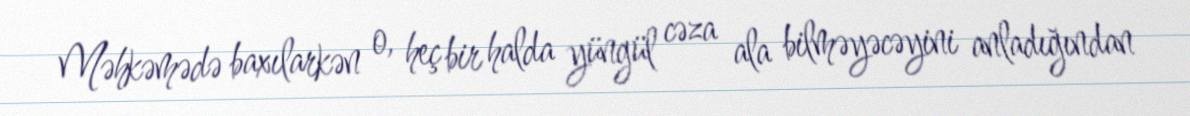
Məhkəmədə baxılarkən o, heç bir halda yüngül cəza ala bilməyəcəyini anladığından